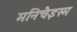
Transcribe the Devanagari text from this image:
मनिचैइस्म